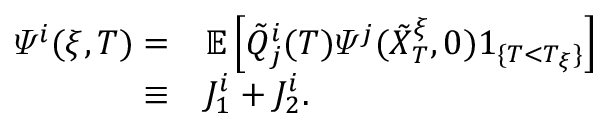
\begin{array} { r l } { \varPsi ^ { i } ( \xi , T ) = } & { { } \mathbb { E } \left[ \tilde { Q } _ { j } ^ { i } ( T ) \varPsi ^ { j } ( \tilde { X } _ { T } ^ { \xi } , 0 ) 1 _ { \{ T < T _ { \xi } \} } \right] } \\ { \equiv } & { { } J _ { 1 } ^ { i } + J _ { 2 } ^ { i } . } \end{array}